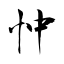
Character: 忡